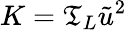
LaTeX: K=\mathfrak{T}_{L}\tilde{{u}}^{2}